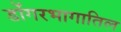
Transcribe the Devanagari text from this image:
डोंगरभागातिल